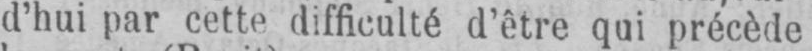
d’hui par cette difficulté d’être qui précède